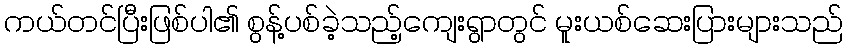
ကယ်တင်ပြီးဖြစ်ပါ၏ စွန့်ပစ်ခဲ့သည့်ကျေးရွာတွင် မူးယစ်ဆေးပြားများသည်